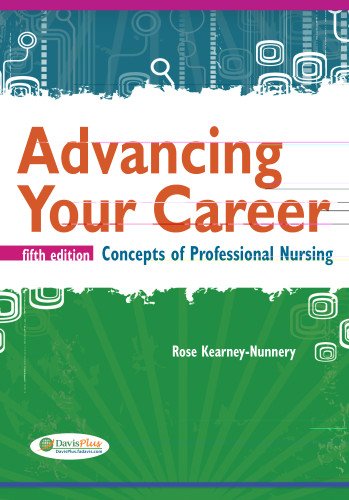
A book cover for Advancing Your Career: Concepts in Professional Nursing; Rose Kearney Nunnery RN  PhD; Medical Books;